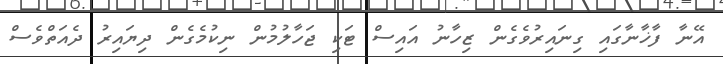
އޭނާ ފާޚާނާގައި ގިނައިރުވެގެން ޒިހާނު އައިސް ޓަކި ޖަހާލުމުން ނިކުމެގެން ދިޔައިރު ދެއަތްވެސް